Report of the Municipal Commissioner on the plague in Bombay for the year ending 31st May... - Volume 1
Disease focus: Plague
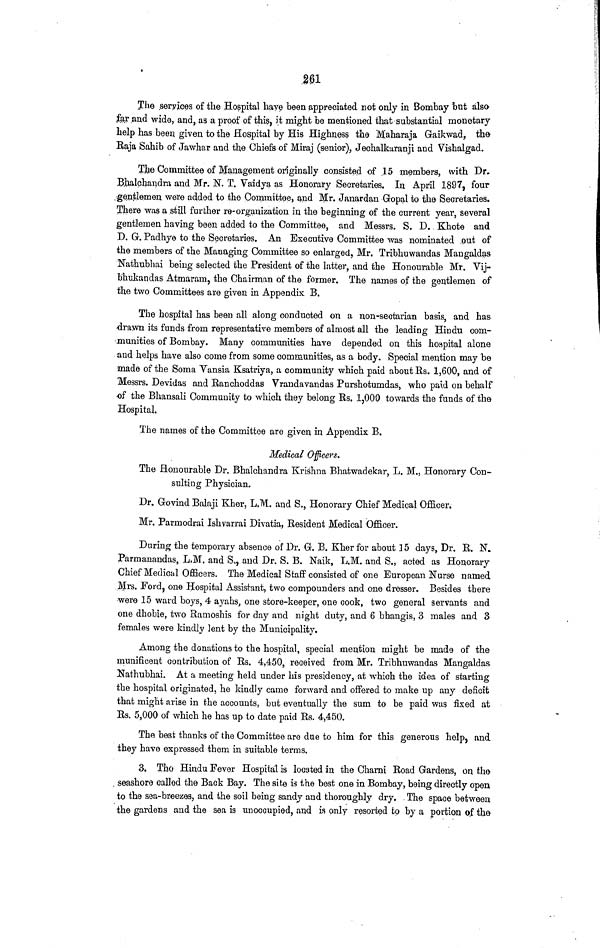
261
The services of the Hospital have been appreciated not only in Bombay but also
far and wide, and, as a proof of this, it might be mentioned that substantial monetary
help has been given to the Hospital by His Highness the Maharaja Gaikwad, the
Raja Sahib of Jawhar and the Chiefs of Miraj (senior), Jechalkuranji and Vishalgad.
The Committee of Management originally consisted of 15 members, with Dr.
Bhalchandra and Mr. N. T. Vaidya as Honorary Secretaries. In April 1897, four
gentlemen were added to the Committee, and Mr. Janardan Gopal to the Secretaries.
There was a still further re-organization in the beginning of the current year, several
gentlemen having been added to the Committee, and Messrs. S. D. Khote and
D. G. Padhye to the Secretaries. An Executive Committee was nominated out of
the members of the Managing Committee so enlarged, Mr. Tribhuwandas Maugaldas
Nathubhai being selected the President of the latter, and the Honourable Mr. Vij-
b'hukandas Atmaram, the Chairman of the former. The names of the gentlemen of
the two Committees are given in Appendix B.
The hospital has been all along conducted on a non-sectarian basis, and has
drawn its funds from representative members of almost all the leading Hindu com-
munities of Bombay. Many communities have depended on this hospital alone
and helps have also come from some communities, as a body. Special mention may be
made of the Soma Vansia Ksatriya, a community which paid about Rs. 1,600, and of
"Messrs. Devidas and Ranchoddas Vrandavandas Purshotumdas, who paid on behalf
of the Bhansali Community to which they belong Rs. 1,000 towards the funds of the
Hospital.
The names of the Committee are given in Appendix B.
Medical Officers.
The Honourable Dr. Bhalchandra Krishna Bhatwadekar, L. M., Honorary Con-
sulting Physician.
Dr. Govind Balaji Kher, L.M. and S., Honorary Chief Medical Officer.
Mr, Parmodrai Ishvarrai Divatia, Resident Medical Officer.
During the temporary absence of Dr. G. B. Kher for about 15 days, Dr. R. N.
Parmanandas, L,M. and S., and Dr. S. B. Naik, L.M. and S., acted as Honorary
Chief Medical Officers. The Medical Staff consisted of one European Nurse named
Mrs. Ford, one Hospital Assistant, two compounders and one dresser. Besides there
were 15 ward boys, 4 ayahs, one store-keeper, one cook, two general servants and
one dhobie, two Ramoshis for day and night duty, and 6 bhangis, 3 males and 3
females were kindly lent by the Municipality.
Among the donations to the hospital, special mention might be made of the
munificent contribution of Rs. 4,450, received from Mr. Tribhuwandas Mangaldas
Nathubhai. At a meeting held under his presidency, at which the idea of starting
the hospital originated, he kindly came forward and offered to make up any deficit
that might arise in the accounts, but eventually the sum to be paid was fixed at
Rs. 5,000 of which he has up to date paid Rs. 4,450.
The best thanks of the Committee are due to him for this generous help, and
they have expressed them in suitable terms.
3. The Hindu Fever Hospital is located in the Charni Road Gardens, on the
seashore called the Back Bay. The site is the best one in Bombay, being directly open
to the sea-breezes, and the soil being sandy and thoroughly dry. The space between
the gardens and the sea is unoccupied, and is only resorted to by a portion of the